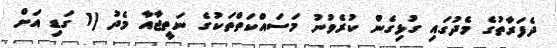
ދެފަރާތުގެ މެދުގައި ގުޅިގެން ކުރެވުނު މަސައްކަތްތަކުގެ ނަތީޖާއާ މެދު (1 ގަޑި އަށް